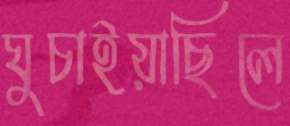
ঘুচাইয়াছিলে